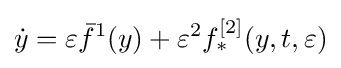
{\dot {y}}=\varepsilon {\bar {f}}^{1}(y)+\varepsilon ^{2}f_{*}^{[2]}(y,t,\varepsilon )